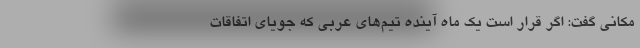
مکانی گفت: اگر قرار است یک ماه آینده تیم‌های عربی که جویای اتفاقات